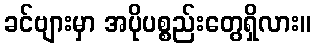
ခင်ဗျားမှာ အပိုပစ္စည်းတွေရှိလား။